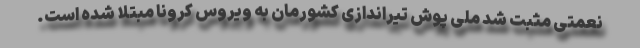
نعمتی مثبت شد ملی پوش تیراندازی کشورمان به ویروس کرونا مبتلا شده است.